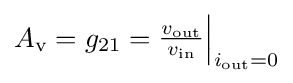
A_{\text{v}}=g_{21}={\begin{matrix}{v_{\text{out}} \over v_{\text{in}}}\end{matrix}}{\Big |}_{i_{\text{out}}=0}